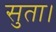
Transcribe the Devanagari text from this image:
सुता।